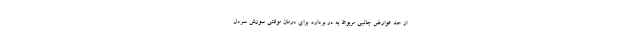
از حد عوارض جانبی مربوط به در بردارد. برای درمان موقتی سوزش سرِدل